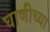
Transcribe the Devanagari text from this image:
घाणीच्या